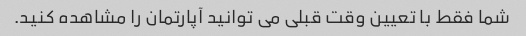
شما فقط با تعیین وقت قبلی می توانید آپارتمان را مشاهده کنید.